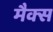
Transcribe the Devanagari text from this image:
मैक्‍स